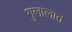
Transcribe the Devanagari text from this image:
गुलालात